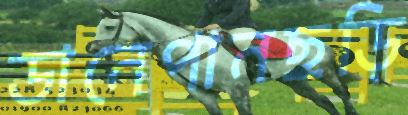
ডানেপানছড়ি